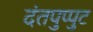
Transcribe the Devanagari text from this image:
दंतपुप्पुट